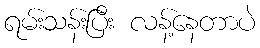
ရမ်းသန်းပြီး လန့်နေတာပဲ